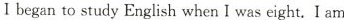
Ibegan to study English when I was eight.I am